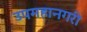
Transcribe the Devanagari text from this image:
उपमहानगरी